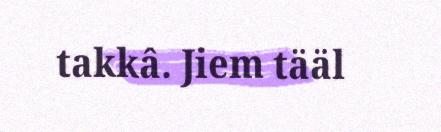
takkâ. Jiem tääl